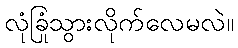
လုံခြုံသွားလိုက်လေမလဲ။